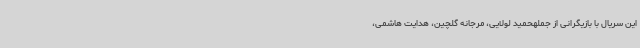
این سریال با بازیگرانی از جملهحمید لولایی، مرجانه گلچین، هدایت هاشمی،